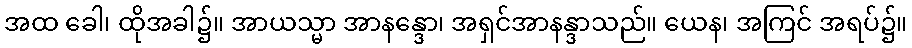
အထ ခေါ၊ ထိုအခါ၌။ အာယသ္မာ အာနန္ဒော၊ အရှင်အာနန္ဒာသည်။ ယေန၊ အကြင် အရပ်၌။